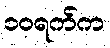
၁၀ရက်က